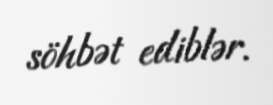
söhbət ediblər.